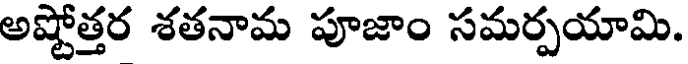
అష్టోత్తర శతనామ పూజాం సమర్పయామి.